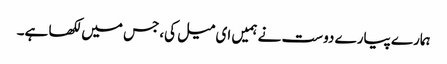
ہمارے پیارے دوست نے ہمیں ای میل کی،جس میں لکھا ہے۔